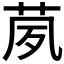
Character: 𱽢